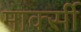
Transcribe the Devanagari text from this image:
मार्क्सी